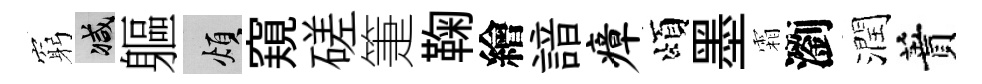
窮减軀煩窺磋箑鞠繪諳瘴頌墨霜瀏潤蕡